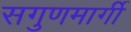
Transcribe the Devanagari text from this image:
सगुणमार्गी